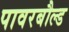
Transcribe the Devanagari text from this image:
पावरबौल्ड